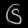
Digit: ၆